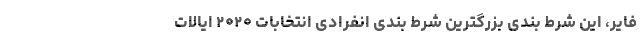
فایر، این شرط بندی بزرگترین شرط بندی انفرادی انتخابات ۲۰۲۰ ایالات